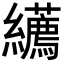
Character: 𦇩